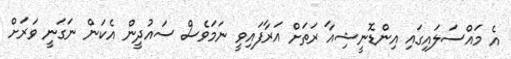
އެ މައްސަލައިގައި އިންޑޮނީޝިއާ ރަތަށް އަރާފައިވީ ނަމަވެސް ސައުދީން އެކަން ނަގަނީ ވަރަށް